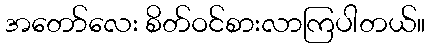
အတော်လေး စိတ်ဝင်စားလာကြပါတယ်။